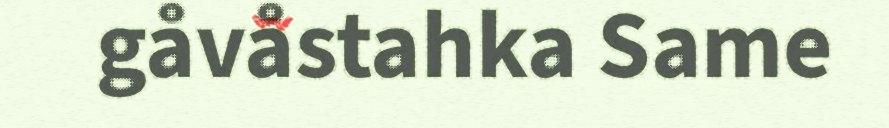
gåvåstahka Same